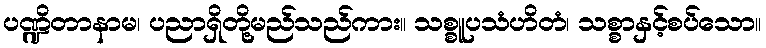
ပဏ္ဍိတာနာမ၊ ပညာရှိတို့မည်သည်ကား။ သစ္စူပသံဟိတံ၊ သစ္စာနှင့်စပ်သော။